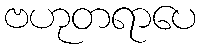
ဗဟုတရာပေ